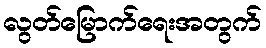
လွတ်မြောက်ရေးအတွက်